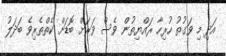
އަދި މި ވަގުތު ހުރިހާ ރައްޔިތުން ވެސް ވަރަށް ބޮޑަށް ކެތްތެރިވެ ބަދަލު